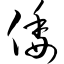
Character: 倭